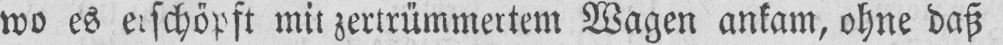
wo es erschöpft mit zertrümmertem Wagen ankam, ohne daß